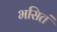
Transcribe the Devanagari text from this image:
भसितं